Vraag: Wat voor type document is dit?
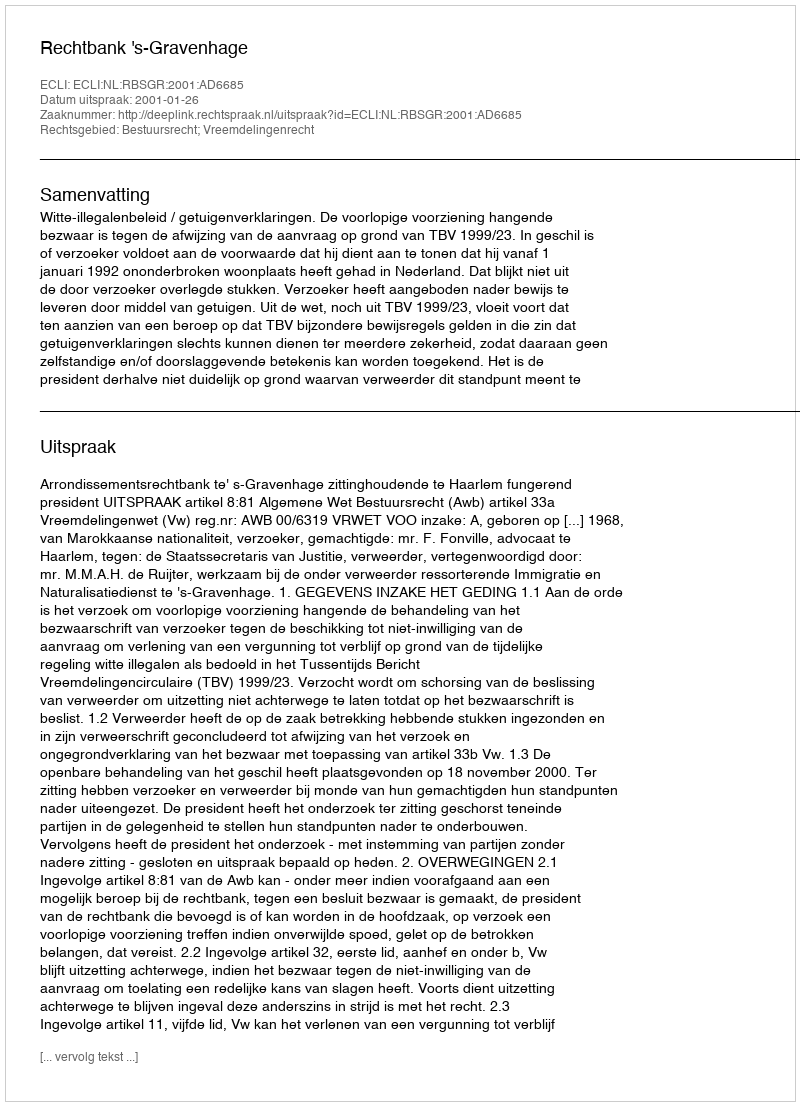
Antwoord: Uitspraak